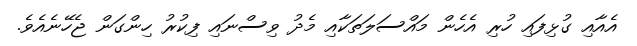
އެއާއި ގުޅިފައި ހުރި އެހެން މައްސަލަތަކާއި މެދު ވިސްނައި ފިކުރު ހިންގަން ޖެހޭނެއެވެ.